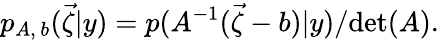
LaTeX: p_{A,\, b}(\vec{\zeta}|y)=p(A^{-1}(\vec{\zeta}-b)|y)/\mathrm{det}(A).